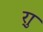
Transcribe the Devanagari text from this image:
र्‍ाु